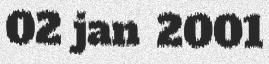
02 jan 2001